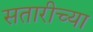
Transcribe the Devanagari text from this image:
सतारीच्या